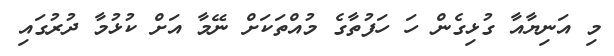
މި އަނިޔާއާ ގުޅިގެން ހަ ހަފުތާގެ މުއްތަކަށް ނޭމާ އަށް ކުޅުމާ ދުރުގައި